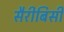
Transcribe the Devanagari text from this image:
सैरीबिसी